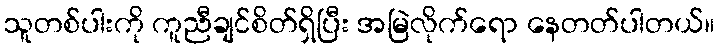
သူတစ်ပါးကို ကူညီချင်စိတ်ရှိပြီး အမြဲလိုက်ရော နေတတ်ပါတယ်။